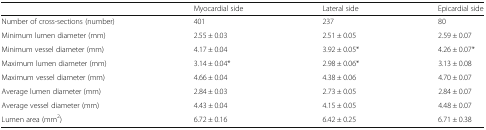
|  | Myocardial side | Lateral side | Epicardial side |
 | --- | --- | --- | --- |
 | Number of cross-sections (number) | 401 | 237 | 80 |
 | Minimum lumen diameter (mm) | 2.55 ± 0.03 | 2.51 ± 0.05 | 2.59 ± 0.07 |
 | Minimum vessel diameter (mm) | 4.17 ± 0.04 | 3.92 ± 0.05* | 4.26 ± 0.07* |
 | Maximum lumen diameter (mm) | 3.14 ± 0.04* | 2.98 ± 0.06* | 3.13 ± 0.08 |
 | Maximum vessel diameter (mm) | 4.66 ± 0.04 | 4.38 ± 0.06 | 4.70 ± 0.07 |
 | Average lumen diameter (mm) | 2.84 ± 0.03 | 2.73 ± 0.05 | 2.84 ± 0.07 |
 | Average vessel diameter (mm) | 4.43 ± 0.04 | 4.15 ± 0.05 | 4.48 ± 0.07 |
 | Lumen area (mm2) | 6.72 ± 0.16 | 6.42 ± 0.25 | 6.71 ± 0.38 |